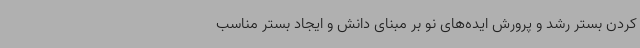
کردن بستر رشد و پرورش ایده‌های نو بر مبنای دانش و ایجاد بستر مناسب